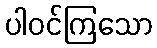
ပါဝင်ကြသော